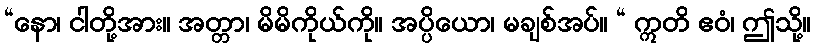
“နော၊ ငါတို့အား။ အတ္တာ၊ မိမိကိုယ်ကို။ အပ္ပိယော၊ မချစ်အပ်။ “ ဣတိ ဧဝံ၊ ဤသို့။